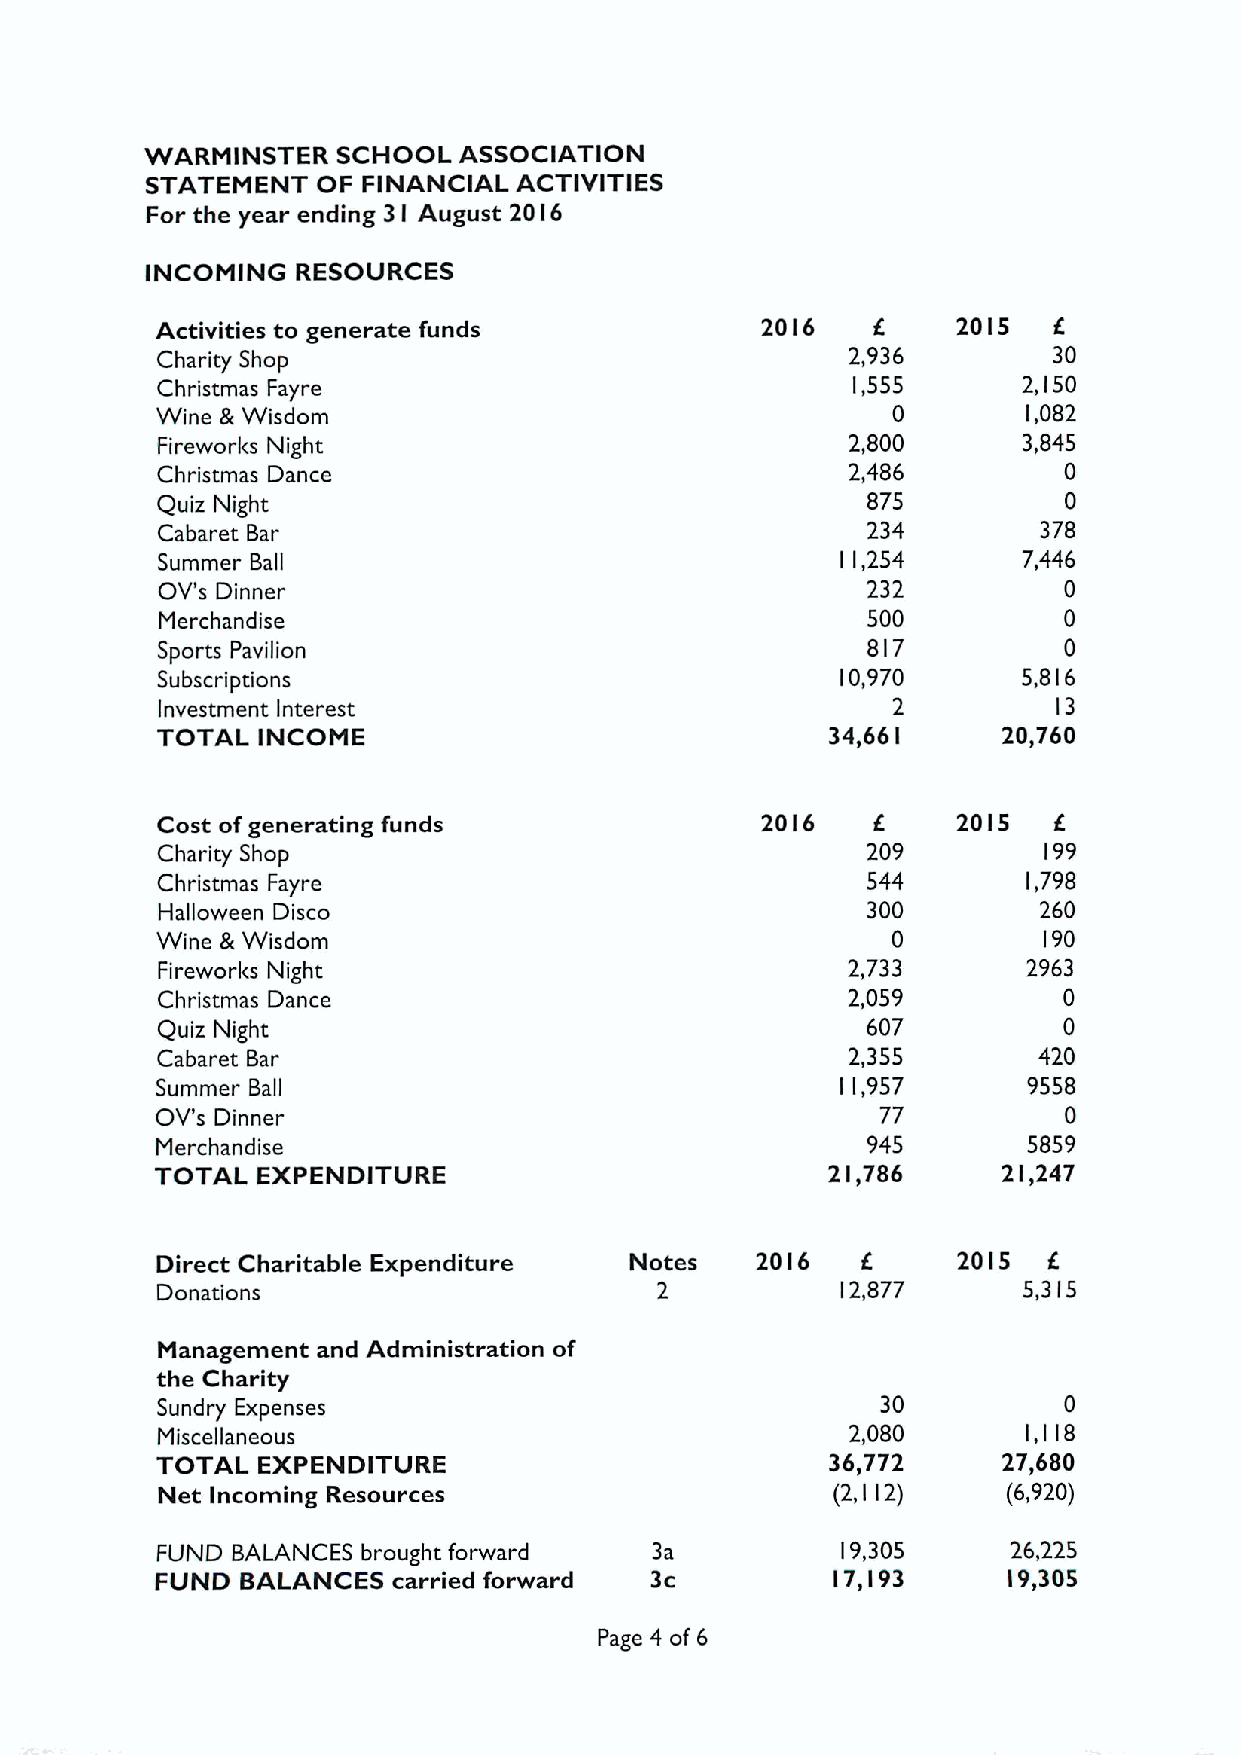
WARMINSTER  SCHOOL  ASSOCIATION
 STATEMENT  OF FINANCIAL ACTIVITIES
 For the year ending 31 August 20l6
 INCOMING  RESOURCES
 Activities to generate funds            20I6         20 I5  f.
 Charity Shop
 2,936         30
 Christmas Fayre                               1,555       2,150
 Wine &Wisdom                                     0        1,082
 Fireworks Night                               2,800       3,845
 Christmas Dance                               2,486         0
 Quiz Night                                     875          0
 Cabaret Bar                                    234         378
 Summer Ball                                   11,254      7,446
 OV's Dinner                                    232          0
 Merchandise                                    500          0
 Sports Pavilion                                817          0
 Subscriptions                                 10,970      5,816
 Investment Interest                              2          13
 TOTAL  INCOME                                34,661     20,760
 Cost ofgenerating funds                 20I6         2015   E.
 Charity Shop                                   209         199
 Christmas Fayre                                544        1,798
 Malloween Disco                                300         260
 Wine &Wisdom                                     0         190
 Fireworks Night                               2,733       2963
 Christmas Dance                               2,059         0
 Quiz Night                                     607          0
 Cabaret Bar                                   2,355        420
 Summer Ball                                   11,957      9558
 OV's Dinner                                     77          0
 Merchandise                                    945        5859
 TOTAL  EXPENDITURE                           2I,786     21,247
 Direct Charitable Expenditure   Notes   20 I6        2015  f.
 Donations                        2            12,877      5,3 5
 I
 Management and Administration of
 the Charity
 Sundry Expenses                                 30          0
 Miscellaneous                                 2,080       1,118
 TOTAL  EXPENDITURE                           36,772     27,680
 Net Incoming Resources                       (2,112)     (6,920)
 FUND BALANCES brought forward    3a           19,305     26,2,25
 FUND  BALANCES  carried forward  3c          l7,I93      I9,305
 Page 4 of 6